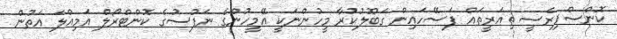
ކޮންސްޕިރެސީ ތިއަރީތައް ފަސޭހައިން ގަބޫލުކުރާ މީހުންނަކީ އޭމީހުންގެ ނަފުސުގެ ކޮންޓްރޯލް އަމިއްލަ އަތުން